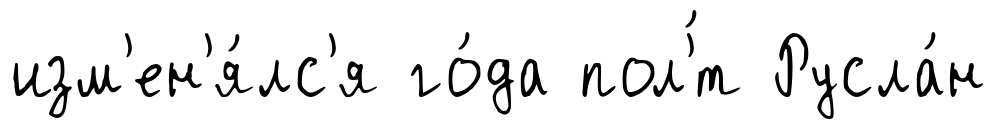
изм'ен'я́лс'я го́да пол'́т Русла́н